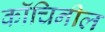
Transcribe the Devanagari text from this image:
कॉचिनील